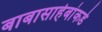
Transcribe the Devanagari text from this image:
बाबासाहेबांकडे